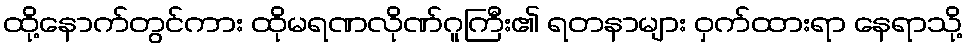
ထို့နောက်တွင်ကား ထိုမရဏလိုဏ်ဂူကြီး၏ ရတနာများ ဝှက်ထားရာ နေရာသို့